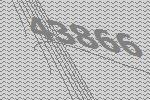
43866